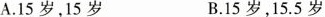
A.15岁，15岁 B.15岁，15.5岁